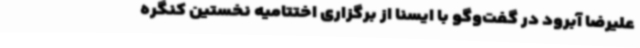
علیرضا آبرود در گفت‌وگو با ایسنا از برگزاری اختتامیه‌ نخستین کنگره